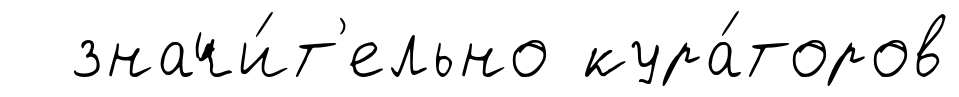
значи́т'ельно кура́торов